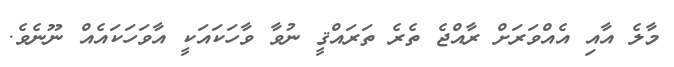
މާލެ އާއި އެއްވަރަށް ރާއްޖެ ތެރެ ތަރައްޤީ ނުވާ ވާހަކައަކީ އާވަހަކައެއް ނޫނެވެ.